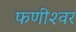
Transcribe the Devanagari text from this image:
फणीश्‍वर